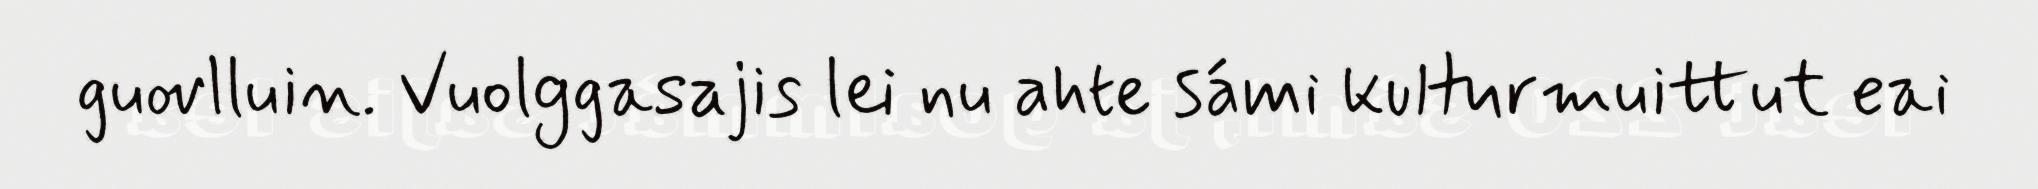
guovlluin. Vuolggasajis lei nu ahte sámi kulturmuittut eai